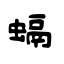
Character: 螎